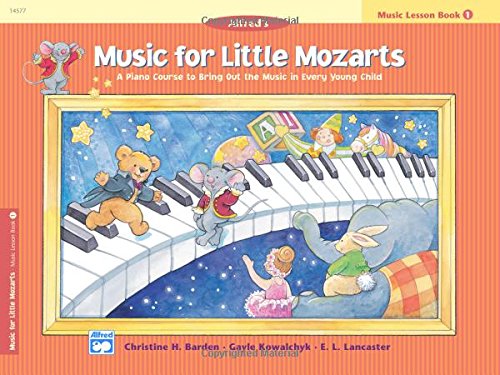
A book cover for Music for Little Mozarts: Lesson Book 1; Christine H. Barden; Arts & Photography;